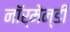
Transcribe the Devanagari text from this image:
नॉर्मेन्डी